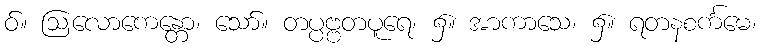
ဝ်။ ဩလောကေန္တော၊ သော်။ တပ္ပဗ္ဗတပူရေ၊ ၌။ အာကာသေ၊ ၌။ ရတနစင်္ကမေ၊